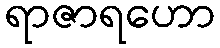
ရာဇာရဟော